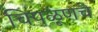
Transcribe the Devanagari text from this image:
चिपळूणचे